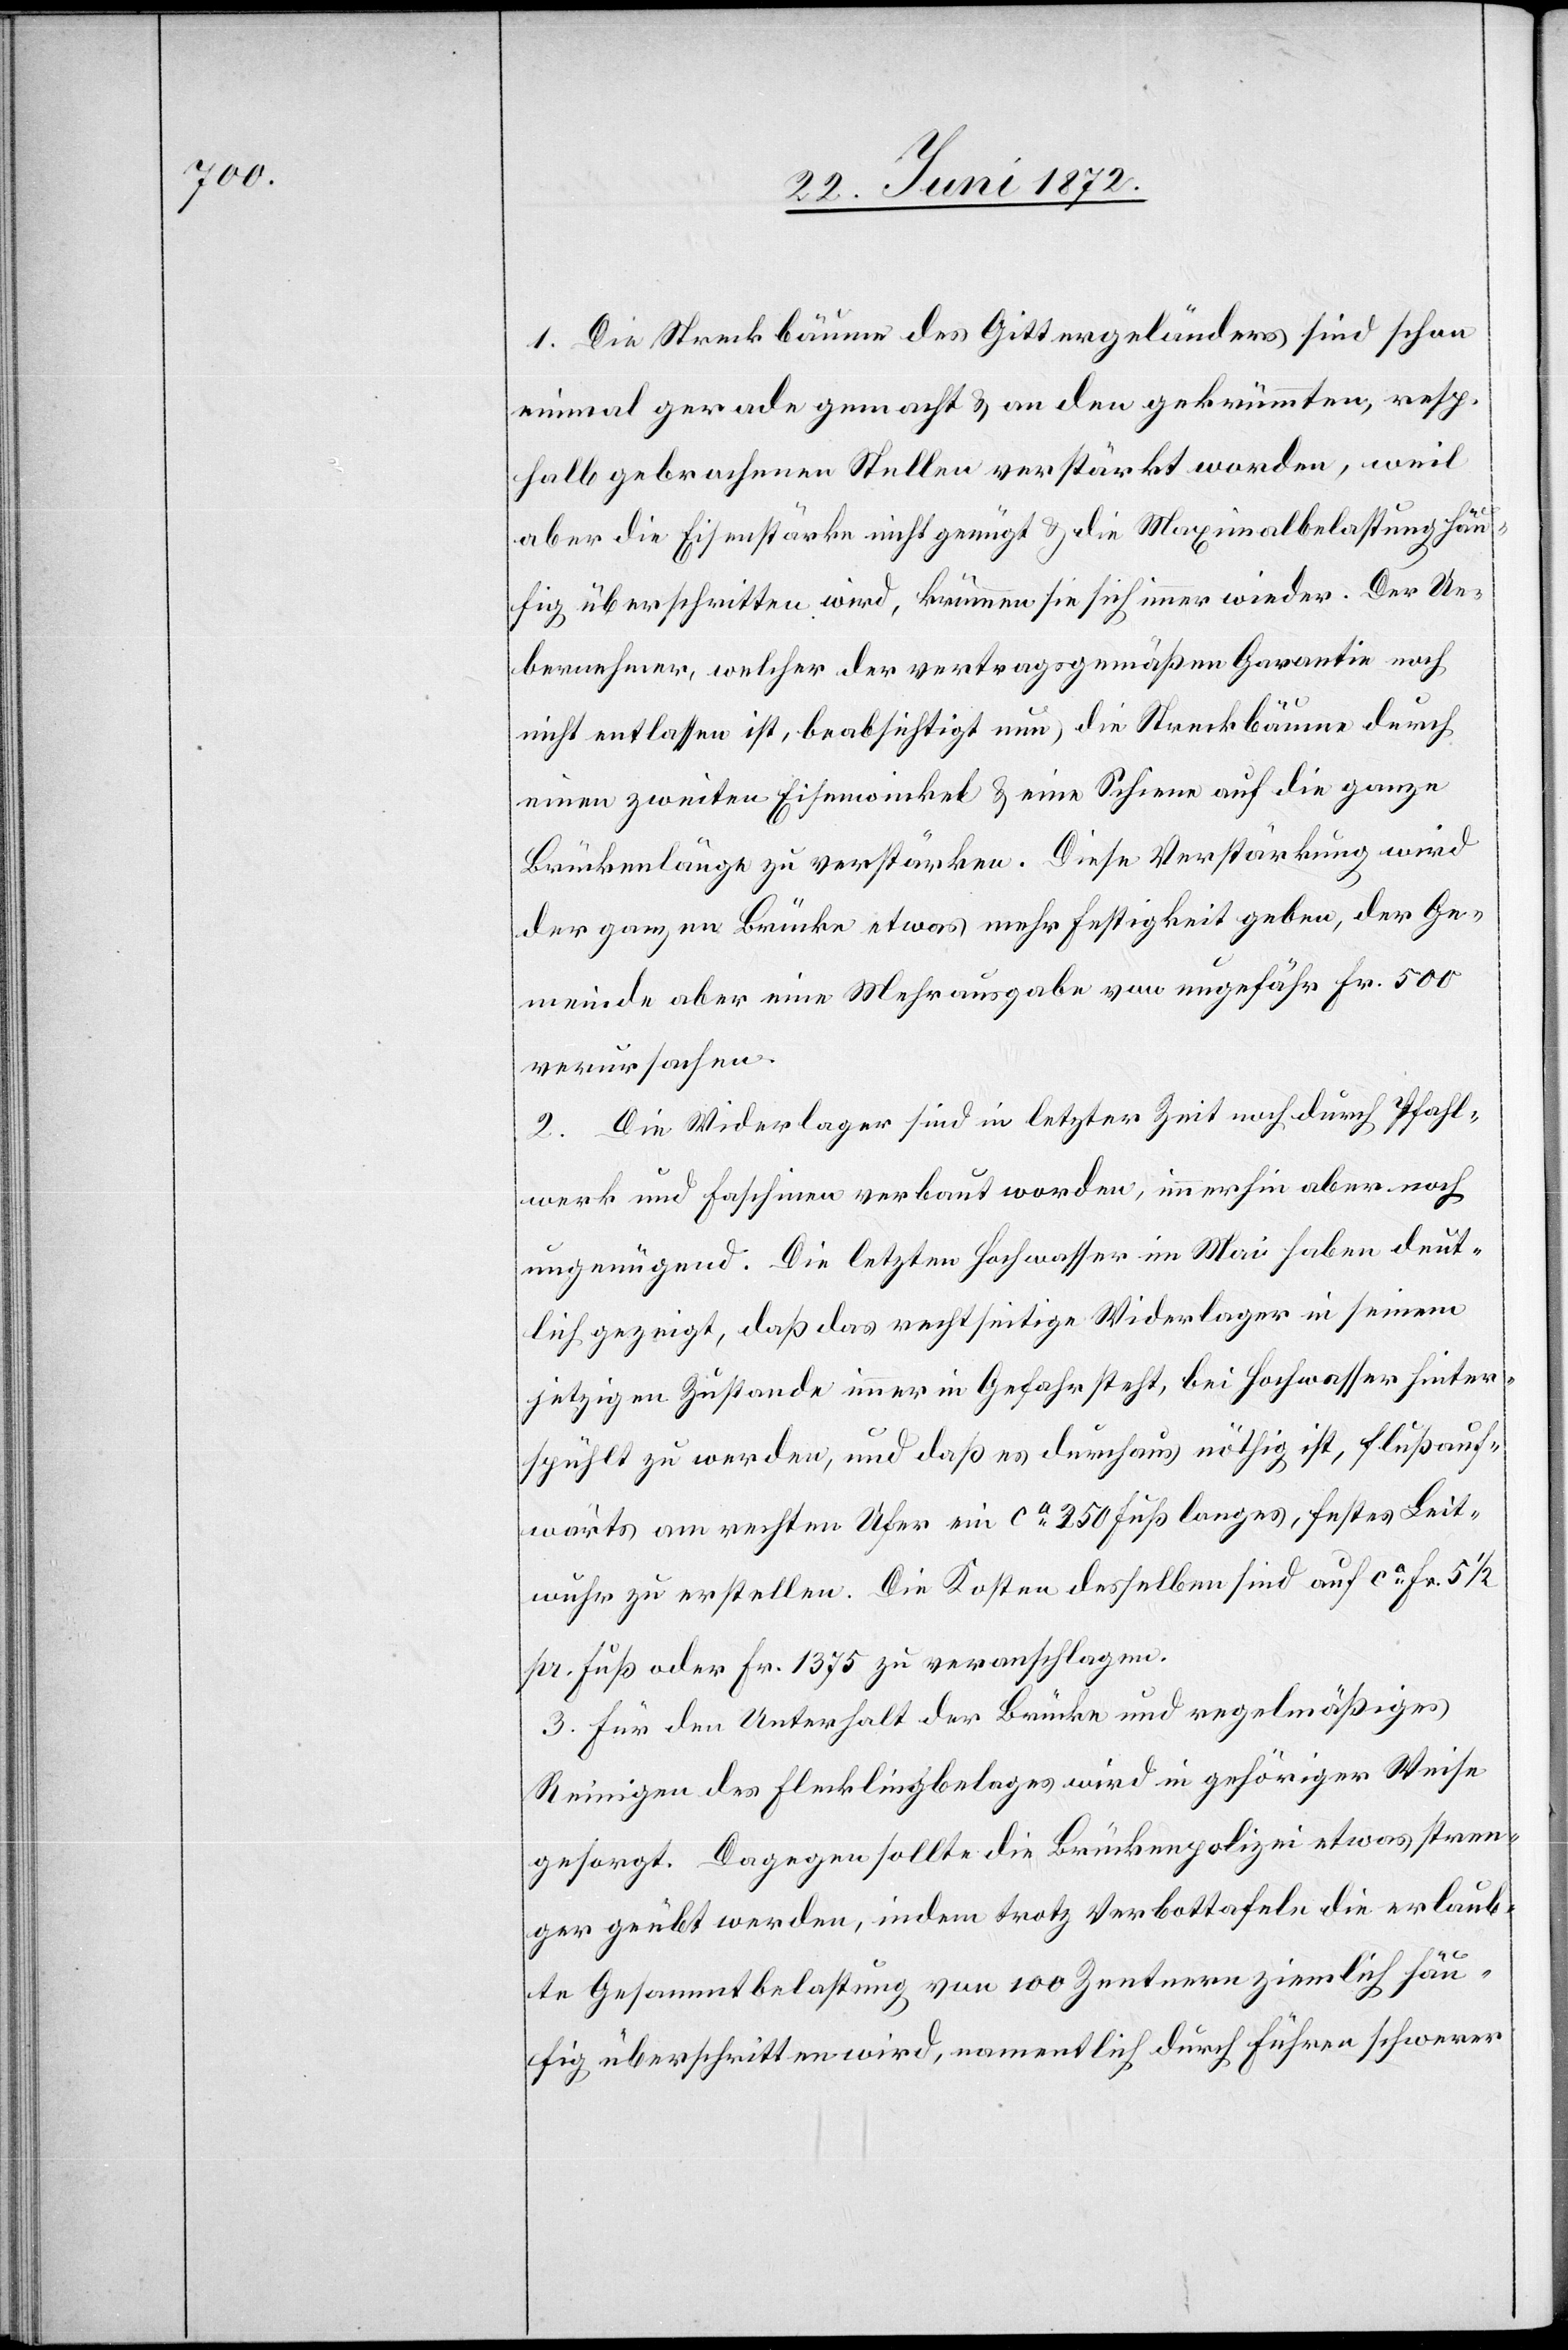
1. Die Streckbäume des Gittergeländers sind schon
einmal gerade gemacht u. an den gekrümmten, resp.
halb gebrochenen Stullen verstärkt worden, weil
aber die Eisenstärke nicht genügt u. die Maximalbelastung häu¬
fig überschritten wird, krümmen sie sich immer wieder. Der Ue¬
bernehmer, welcher der vertragsgemäßen Garantie noch
nicht entlassen ist, beabsichtigt nun, die Streckbäume durch
einen zweiten Eisenwinkel u. eine Schiene auf die ganze
Brückenlänge zu verstärken. Diese Verstärkung wird
der ganzen Brücke etwas mehr Festigkeit geben, der Ge¬
meinde aber eine Mehrausgabe von ungefähr Fr. 500
verursachen.
2. Die Widerlager sind in letzter Zeit noch durch Pfahl¬
werk und Faschinen verbaut worden, immerhin aber noch
ungenügend. Die letzten Hochwasser im Mai haben deut¬
lich gezeigt, daß das rechtseitige Widerlager in seinem
jetzigen Zustande immer in Gefahr steht, bei Hochwasser hinter¬
spühlt zu werden, und daß es durchaus nöthig ist, flußauf¬
wärts am rechten Ufer ein ca 250 Fuß langes, festes Leit¬
wuhr zu erstellen. Die Kosten desselben sind auf ca Fr. 5 1/2
pr. Fuß oder Fr. 1375 zu veranschlagen.
3. Für den Unterhalt der Brücke und regelmäßiges
Reinigen des Flecklingbelages wird in gehöriger Weise
gesorgt. Dagegen sollte die Brückenpolizei etwas stren¬
ger geübt werden, indem trotz Verbottafel die erlaub¬
te Gesammtbelastung von 100 Zentnern ziemlich häu¬
fig überschritten wird, namentlich durch Führen schwerer